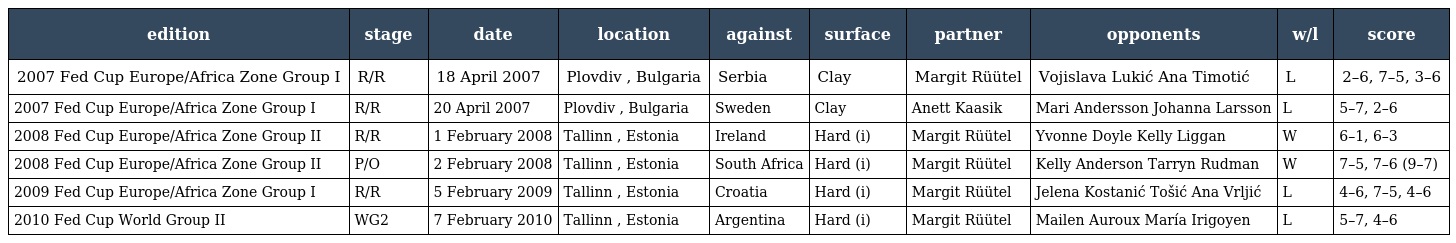
| edition | stage | date | location | against | surface | partner | opponents | w/l | score |
 | --- | --- | --- | --- | --- | --- | --- | --- | --- | --- |
 | 2007 Fed Cup Europe/Africa Zone Group I | R/R | 18 April 2007 | Plovdiv , Bulgaria | Serbia | Clay | Margit Rüütel | Vojislava Lukić Ana Timotić | L | 2–6, 7–5, 3–6 |
 | 2007 Fed Cup Europe/Africa Zone Group I | R/R | 20 April 2007 | Plovdiv , Bulgaria | Sweden | Clay | Anett Kaasik | Mari Andersson Johanna Larsson | L | 5–7, 2–6 |
 | 2008 Fed Cup Europe/Africa Zone Group II | R/R | 1 February 2008 | Tallinn , Estonia | Ireland | Hard (i) | Margit Rüütel | Yvonne Doyle Kelly Liggan | W | 6–1, 6–3 |
 | 2008 Fed Cup Europe/Africa Zone Group II | P/O | 2 February 2008 | Tallinn , Estonia | South Africa | Hard (i) | Margit Rüütel | Kelly Anderson Tarryn Rudman | W | 7–5, 7–6 (9–7) |
 | 2009 Fed Cup Europe/Africa Zone Group I | R/R | 5 February 2009 | Tallinn , Estonia | Croatia | Hard (i) | Margit Rüütel | Jelena Kostanić Tošić Ana Vrljić | L | 4–6, 7–5, 4–6 |
 | 2010 Fed Cup World Group II | WG2 | 7 February 2010 | Tallinn , Estonia | Argentina | Hard (i) | Margit Rüütel | Mailen Auroux María Irigoyen | L | 5–7, 4–6 |